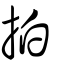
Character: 拍